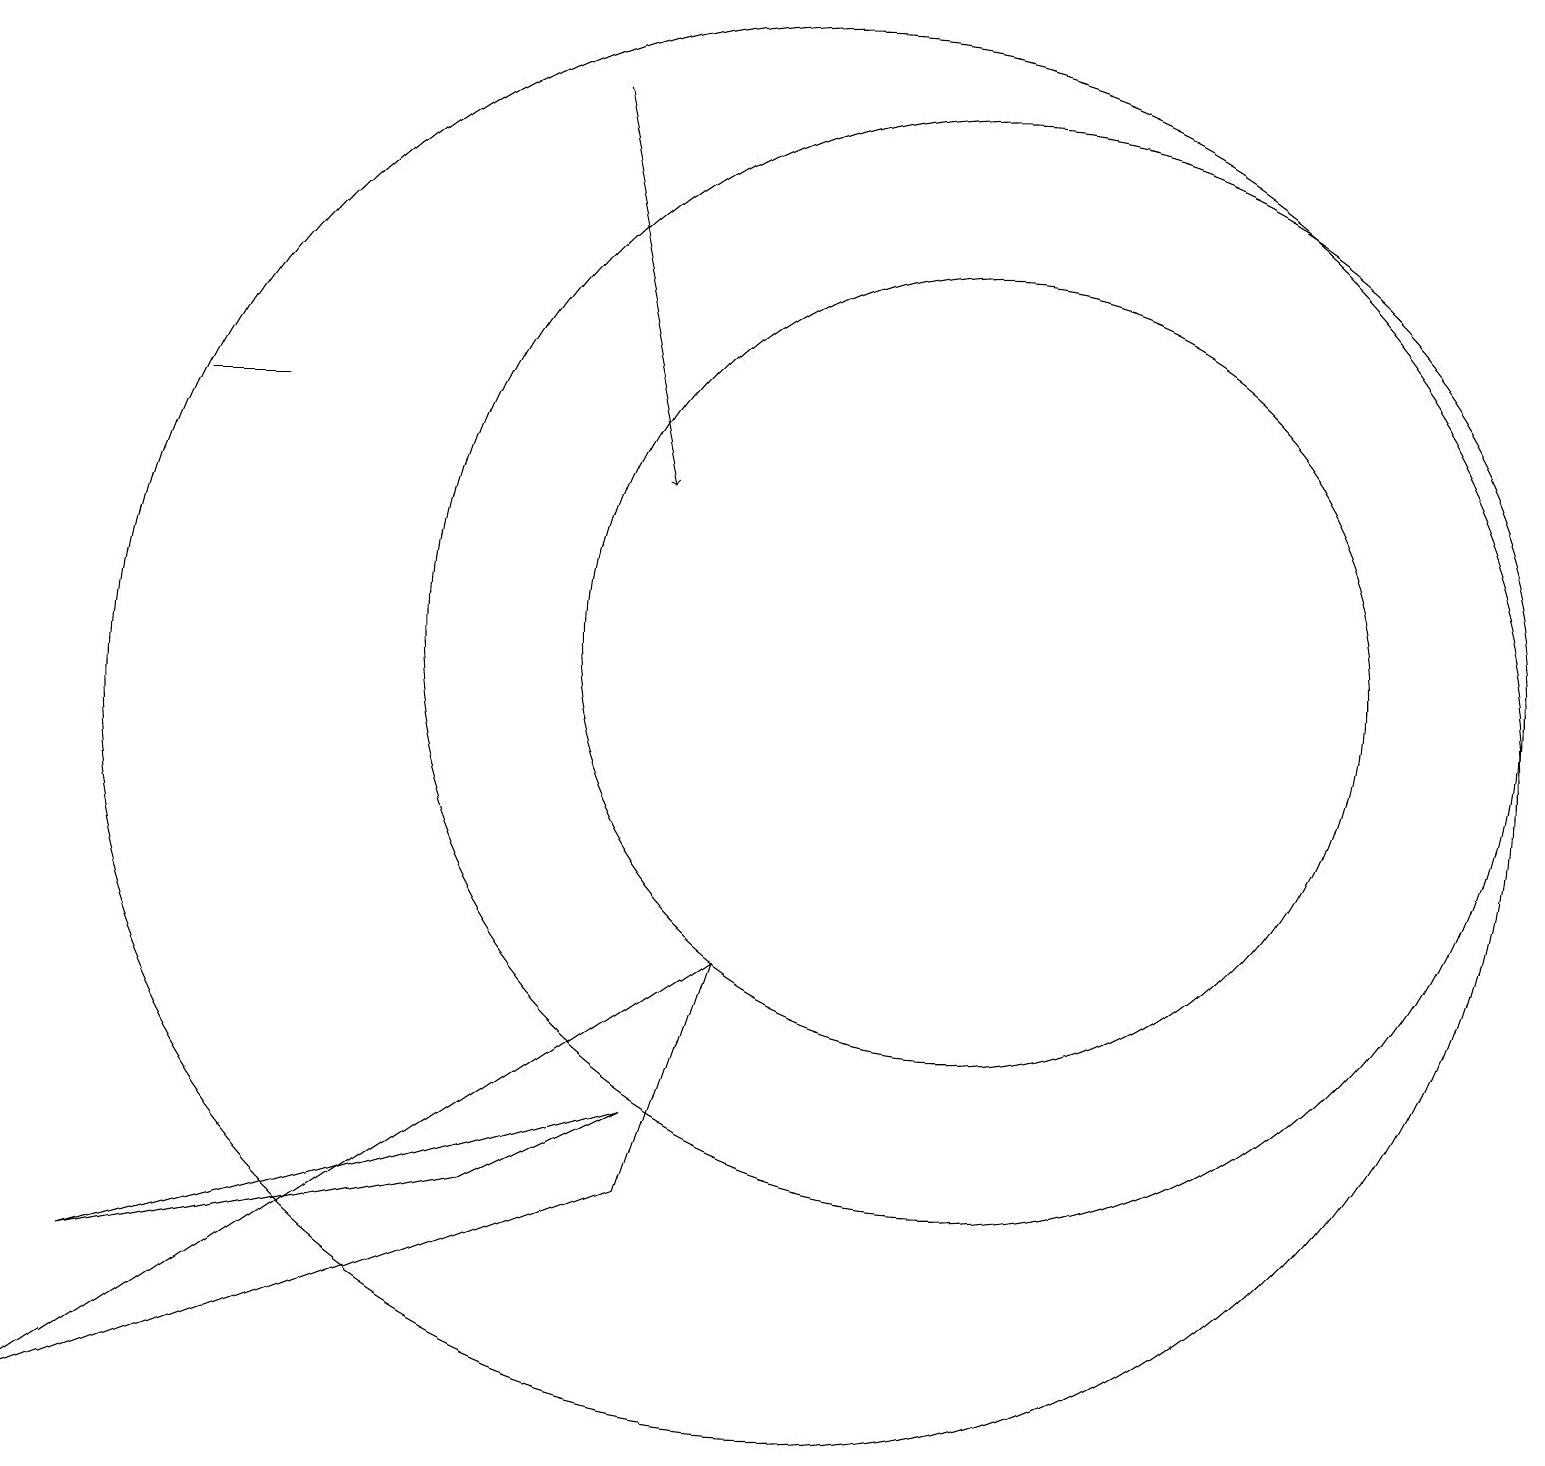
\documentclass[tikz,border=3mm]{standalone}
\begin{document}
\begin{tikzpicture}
\draw[->] (7,18) -- (8,13);
\draw (3,14) rectangle (2,14);
\draw (12,11) circle (5);
\draw (0,1) -- (9,7) -- (8,4) -- cycle;
\draw (10,10) circle (9);
\draw (6,4) -- (8,5) -- (1,3) -- cycle;
\draw (12,11) circle (7);
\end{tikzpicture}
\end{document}